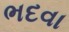
ભદવા